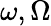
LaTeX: \omega,\Omega